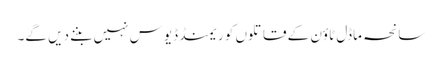
سانحہ ماڈل ٹاؤن کے قاتلوں کو ریمنڈ ڈیوس نہیں بننے دیں گے۔